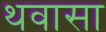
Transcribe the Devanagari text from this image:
थवासा